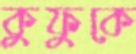
কুফুকে